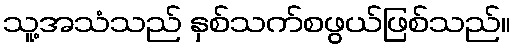
သူ့အသံသည် နှစ်သက်စဖွယ်ဖြစ်သည်။